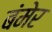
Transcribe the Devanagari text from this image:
बंमेर